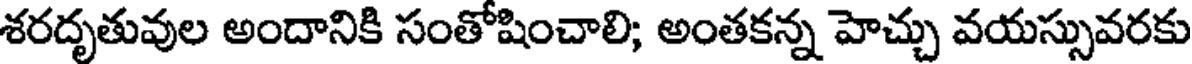
శరదృతువుల అందానికి సంతోషించాలి; అంతకన్న హెచ్చు వయస్సువరకు